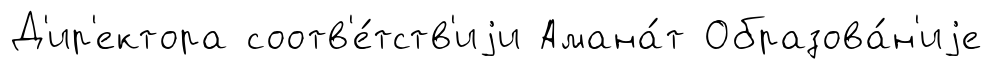
Д'ир'ектора соотв'е́тств'иjи Амана́т Образова́н'иjе